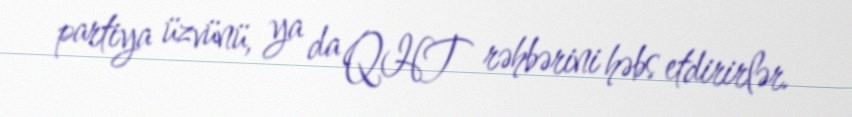
partiya üzvünü, ya da QHT rəhbərini həbs etdirirlər.